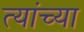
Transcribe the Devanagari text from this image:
त्यांच्या